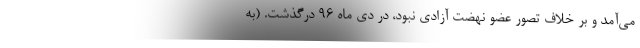
می‌آمد و بر خلاف تصور عضو نهضت آزادی نبود، در دی ماه 96 درگذشت. (به